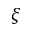
\xi